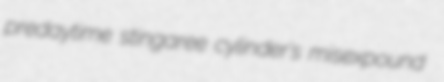
predaytime stingaree cylinder's misexpound